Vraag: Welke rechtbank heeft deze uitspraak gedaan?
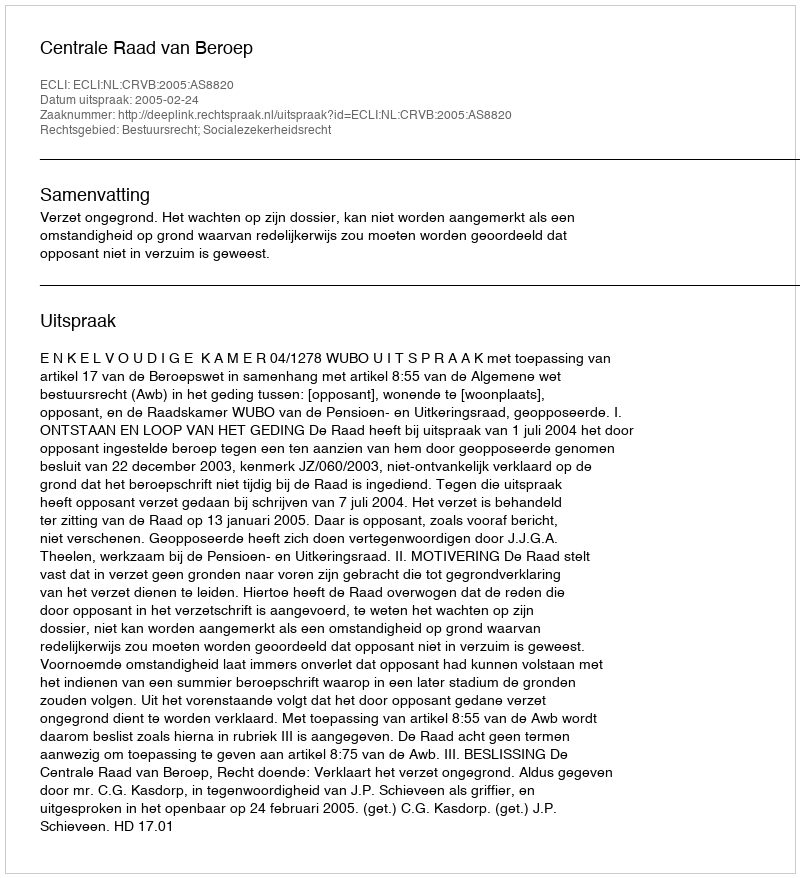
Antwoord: Centrale Raad van Beroep